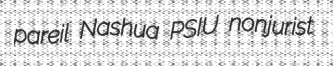
pareil Nashua PSIU nonjurist